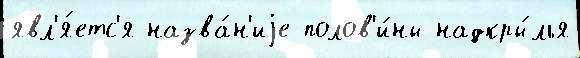
явл'я́етс'я назва́н'иjе полов'и́ны надкры́лья